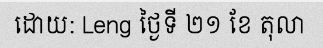
ដោយ: Leng ថ្ងៃទី ២១ ខែ តុលា